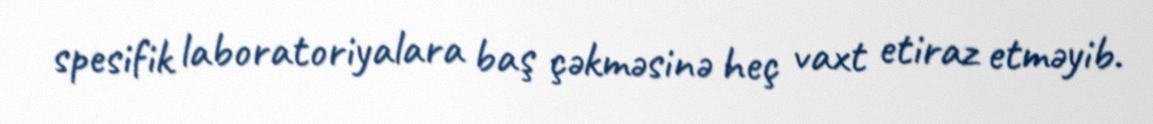
spesifik laboratoriyalara baş çəkməsinə heç vaxt etiraz etməyib.